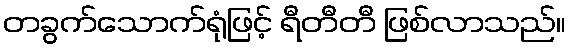
တခွက်သောက်ရုံဖြင့် ရီတီတီ ဖြစ်လာသည်။